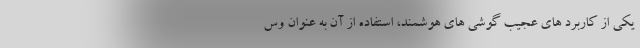
یکی از کاربرد های عجیب گوشی های هوشمند، استفاده از آن به عنوان وس